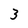
Character: 3